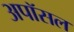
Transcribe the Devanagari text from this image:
अपॉसल